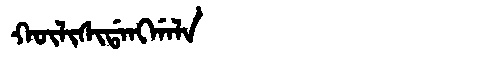
Manchu: ᡴᡡᠯᡳᠰᡳᡩᠠᠩᡤᠠᠯᠠ
Romanization: KŪLISIDANGGALA